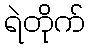
ရဲတိုက်